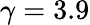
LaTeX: \gamma=3.9